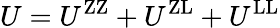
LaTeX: U=U^{\mathrm{ZZ}}+U^{\mathrm{ZL}}+U^{\mathrm{LL}}